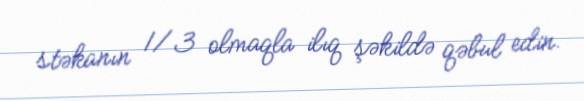
stəkanın 1/3 olmaqla ilıq şəkildə qəbul edin.